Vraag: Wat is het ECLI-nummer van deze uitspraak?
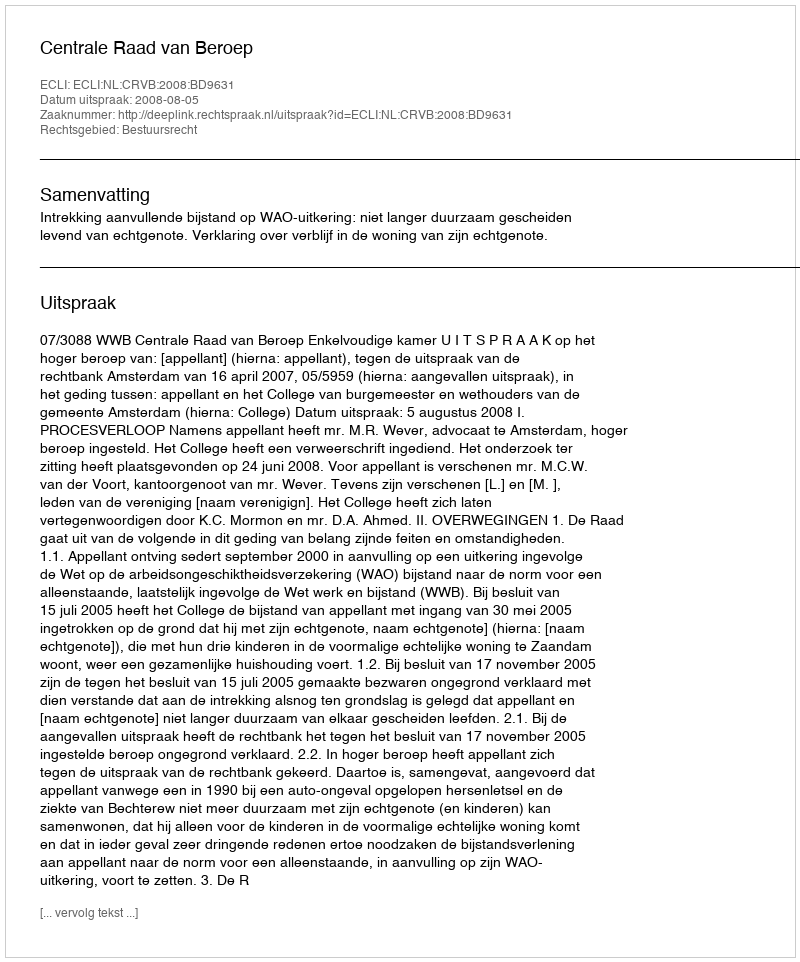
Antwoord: ECLI:NL:CRVB:2008:BD9631